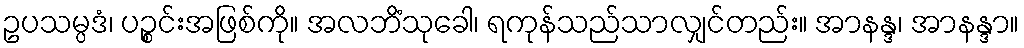
ဥပသမ္ပဒံ၊ ပဉ္စင်းအဖြစ်ကို။ အလဘိံသုခေါ၊ ရကုန်သည်သာလျှင်တည်း။ အာနန္ဒ၊ အာနန္ဒာ။